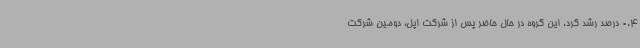
0.4 درصد رشد کرد. این گروه در حال حاضر پس از شرکت اپل، دومین شرکت